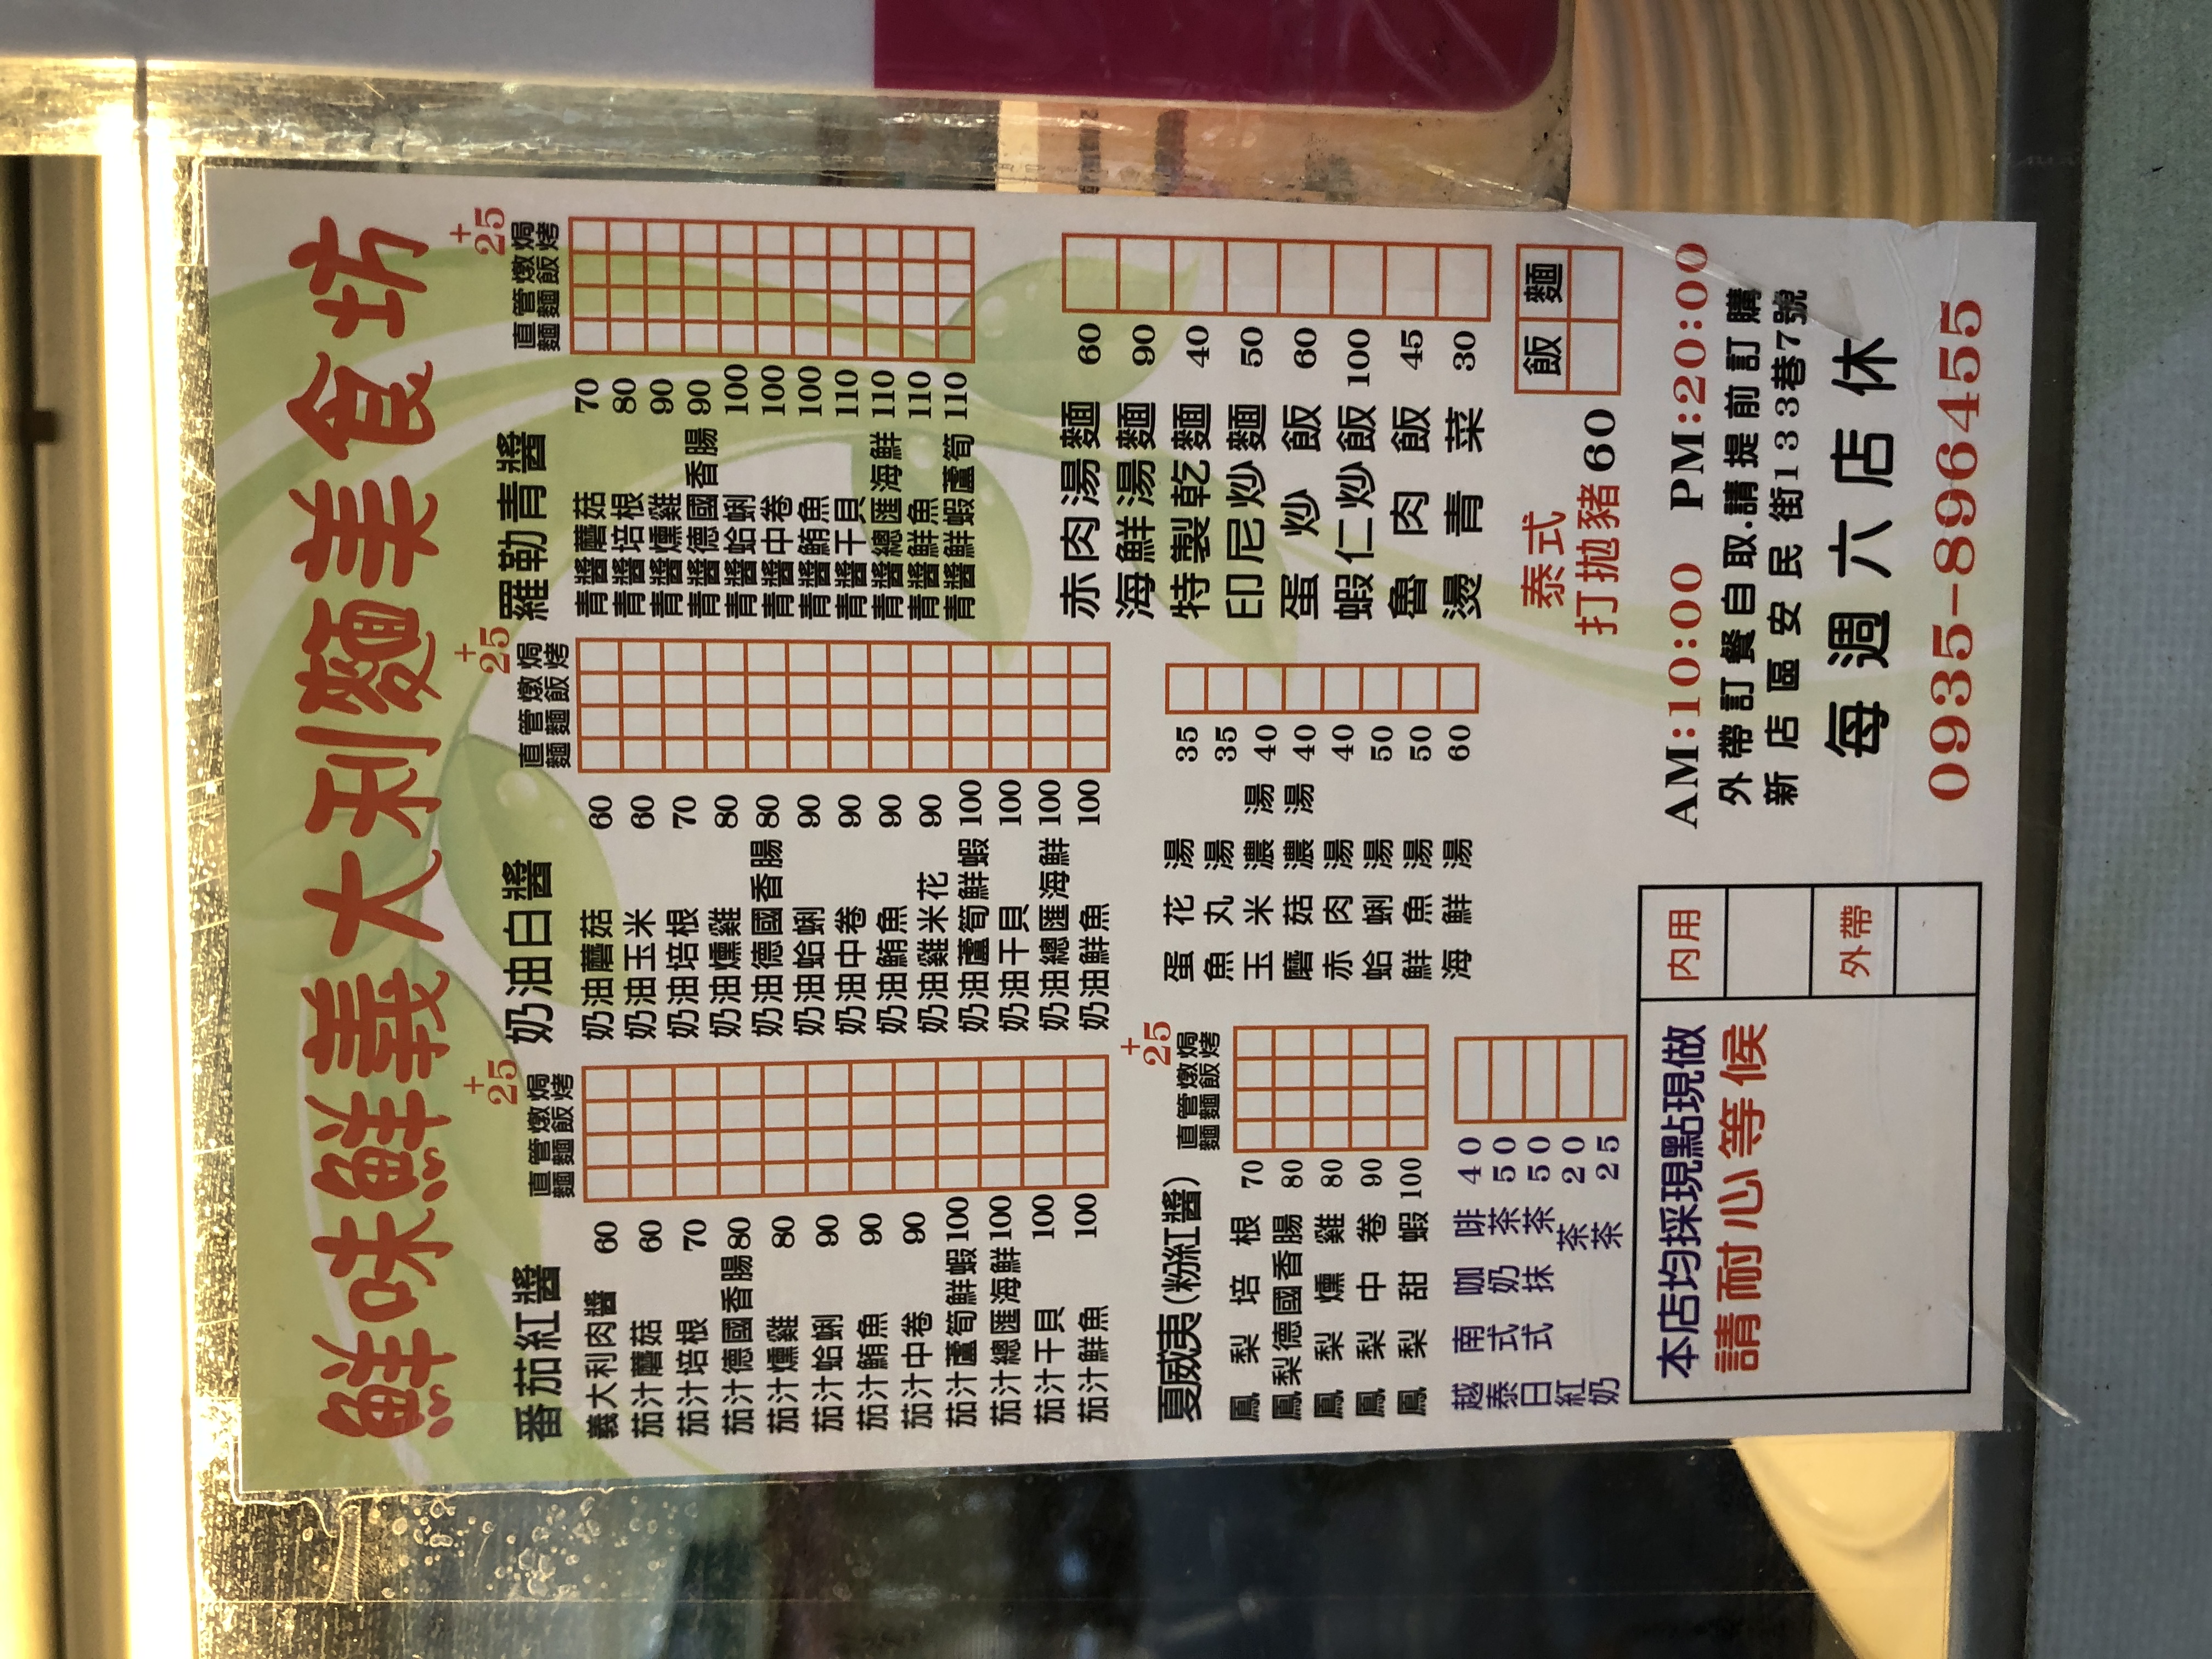
餐廳：鮮味鮮義大利麵美食坊
地址：新店區安民街133巷7號
電話：0935-896455
營業時間：AM:10:00 PM:20:00, Closed every Saturday
菜單：
name: 義大利肉醬
price: 60
name: 茄汁蘑菇
price: 60
name: 茄汁培根
price: 70
name: 茄汁燻雞
price: 80
name: 茄汁德國香腸
price: 80
name: 茄汁蛤蜊
price: 90
name: 茄汁中卷
price: 90
name: 茄汁蘆筍鮮蝦
price: 100
name: 茄汁總匯海鮮
price: 100
name: 茄汁干貝
price: 100
name: 茄汁鮮魚
price: 100
name: 奶油蘑菇
price: 60
name: 奶油玉米
price: 70
name: 奶油培根
price: 80
name: 奶油燻雞
price: 90
name: 奶油德國香腸
price: 80
name: 奶油蛤蜊
price: 90
name: 奶油雞米花
price: 90
name: 奶油鮮蝦
price: 100
name: 奶油中卷
price: 100
name: 奶油總匯海鮮
price: 100
name: 奶油鮮魚
price: 100
name: 青醬蘑菇
price: 70
name: 青醬培根
price: 80
name: 青醬燻雞
price: 90
name: 青醬德國香腸
price: 100
name: 青醬蛤蜊
price: 100
name: 青醬鮮蝦
price: 110
name: 青醬中卷
price: 110
name: 青醬總匯海鮮
price: 110
name: 青醬鮮魚
price: 110
name: 海鮮湯麵
price: 90
name: 特製乾麵
price: 40
name: 印尼炒麵
price: 50
name: 蝦仁炒飯
price: 60
name: 肉絲炒飯
price: 100
name: 滷肉飯
price: 45
name: 青菜
price: 30
name: 飯麵
price: 60
name: 蛋花湯
price: 35
name: 魚丸湯
price: 35
name: 玉米濃湯
price: 40
name: 蘑菇濃湯
price: 40
name: 肉羹湯
price: 40
name: 魚羹湯
price: 50
name: 綜合羹湯
price: 50
name: 海鮮羹湯
price: 60
name: 夏威夷培根
price: 70
name: 夏威夷燻雞
price: 80
name: 夏威夷中卷
price: 90
name: 夏威夷鮮蝦
price: 100
name: 泰式打拋豬
price: 60
name: 泰式奶茶
price: 40
name: 咖啡
price: 50
name: 奶茶
price: 20
name: 紅茶
price: 25